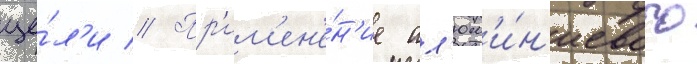
це́л'и // Пр'им'ен'е́н'ие ал'юм'и́н'иевого